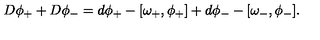
D \phi _ { + } + D \phi _ { - } = d \phi _ { + } - [ \omega _ { + } , \phi _ { + } ] + d \phi _ { - } - [ \omega _ { - } , \phi _ { - } ] .